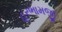
હરભામજી